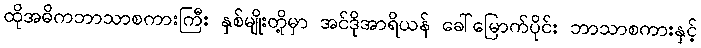
ထိုအဓိကဘာသာစကားကြီး နှစ်မျိုးတို့မှာ အင်ဒိုအာရိယန် ခေါ်မြောက်ပိုင်း ဘာသာစကားနှင့်